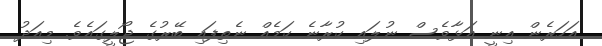
އަހަރެން އިނީ އަޅާވެސް ނުލައި ކުރާނެ ކަމެއް ނެތިފައި ބޭރުގެ ޖޯލީގައެވެ. މިއަދު